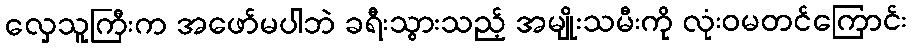
လှေသူကြီးက အဖော်မပါဘဲ ခရီးသွားသည့် အမျိုးသမီးကို လုံးဝမတင်ကြောင်း